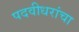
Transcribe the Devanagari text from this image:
पदवीधरांचा